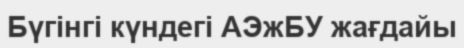
Бүгінгі күндегі АЭжБУ жағдайы